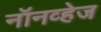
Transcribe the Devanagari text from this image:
नॉनव्हेज